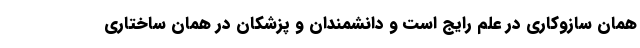
همان سازوکاری در علم رایج است و دانشمندان و پزشکان در همان ساختاری